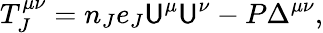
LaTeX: T_{J}^{\mu\nu}=n_{J}e_{J}\mathsf{U}^{\mu}\mathsf{U}^{\nu}-P\Delta^{\mu\nu},